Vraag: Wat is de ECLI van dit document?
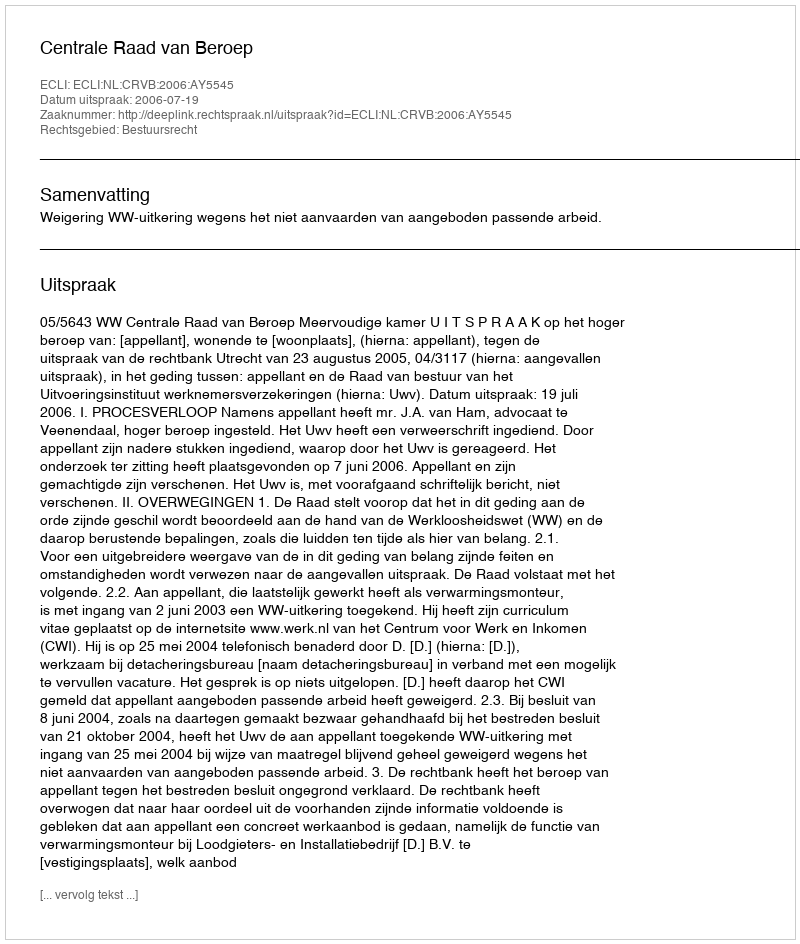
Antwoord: ECLI:NL:CRVB:2006:AY5545